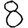
Digit: 8